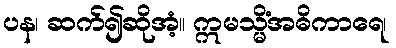
ပန၊ ဆက်၍ဆိုအံ့။ ဣမသ္မိံအဓိကာရေ၊